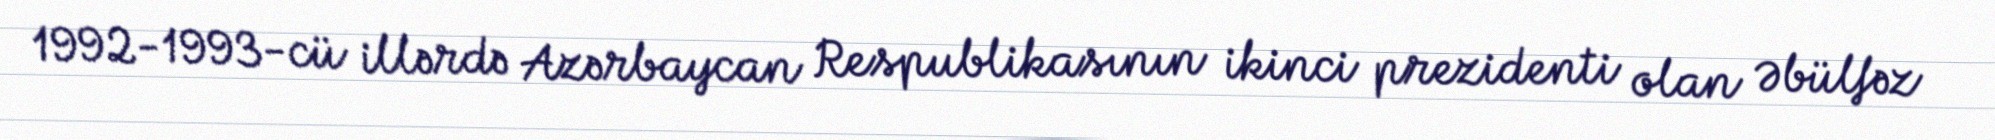
1992-1993-cü illərdə Azərbaycan Respublikasının ikinci prezidenti olan Əbülfəz